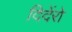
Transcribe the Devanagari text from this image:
दिदेंरो